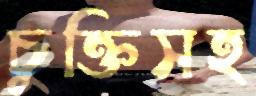
চুক্তিসহ